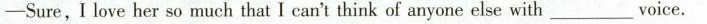
-Sure,I love her so much that I can't think of anyone else with___voice.